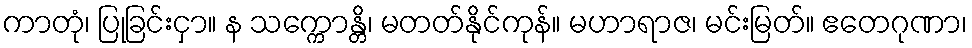
ကာတုံ၊ ပြုခြင်းငှာ။ န သက္ကောန္တိ၊ မတတ်နိုင်ကုန်။ မဟာရာဇ၊ မင်းမြတ်။ ဧတေဂုဏာ၊